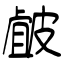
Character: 皻